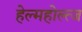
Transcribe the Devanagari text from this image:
हेल्महोल्त्ज